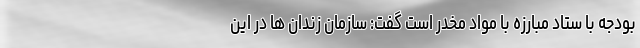
بودجه با ستاد مبارزه با مواد مخدر است گفت: سازمان زندان ها در این